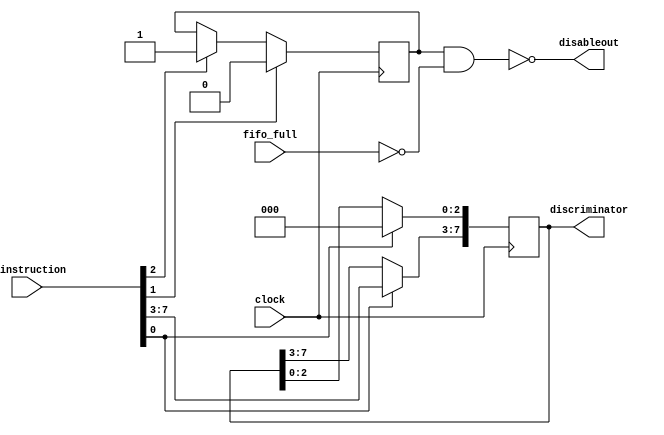
module control (
 pcinstruction, fifo_full, clock, disableout, discriminator 
);
input [7:0] pcinstruction;
input fifo_full;
input clock;
output disableout;
output [7:0] discriminator;

reg pcstatus;
wire disableout;
reg [7:0] discriminator;

assign disableout = ~(pcstatus & ~fifo_full);

//initial
//begin
//	pcstatus = 1'b0;
//end

always @(posedge clock)
begin
	if ( pcinstruction[2] )
	begin
		pcstatus = 1'b1;
	end
	if ( pcinstruction[1] )
	begin
		pcstatus = 1'b0;
	end
	if ( pcinstruction[0] )
	begin
		discriminator[7:3] <= pcinstruction[7:3];
		discriminator[2:0] <= 0;
	end
end
	
endmodule